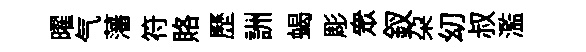
曜气藩符賂歷詶蝎彫衆釵朶㓜叔濫